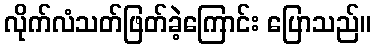
လိုက်လံသတ်ဖြတ်ခဲ့ကြောင်း ပြောသည်။